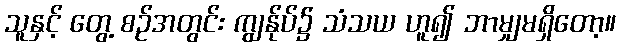
သူနှင့် တွေ့ စဉ်အတွင်း ကျွန်ုပ်၌ သံသယ ဟူ၍ ဘာမျှမရှိတော့။